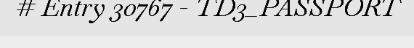
# Entry 30767 - TD3_PASSPORT